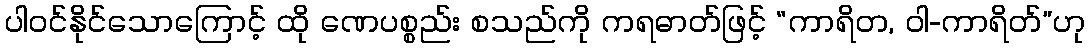
ပါဝင်နိုင်သောကြောင့် ထို ဏေပစ္စည်း စသည်ကို ကရဓာတ်ဖြင့် “ကာရိတ, ဝါ-ကာရိတ်”ဟု